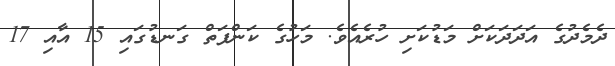
ދެމެދުގެ އަދަދަކަށް މަޑުކަށި ހުރެއެވެ. މަހުގެ ކަންފަތް ގަނޑުގައި 15 އާއި 17